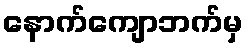
နောက်ကျောဘက်မှ